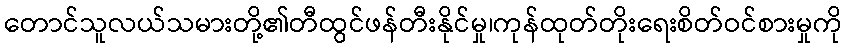
တောင်သူလယ်သမားတို့၏တီထွင်ဖန်တီးနိုင်မှု၊ကုန်ထုတ်တိုးရေးစိတ်ဝင်စားမှုကို